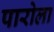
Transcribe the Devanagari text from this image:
पारोला